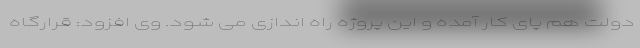
دولت هم پای کار آمده و این پروژه راه اندازی می شود. وی افزود: قرارگاه